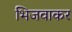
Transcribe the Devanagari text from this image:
भिजवाकर